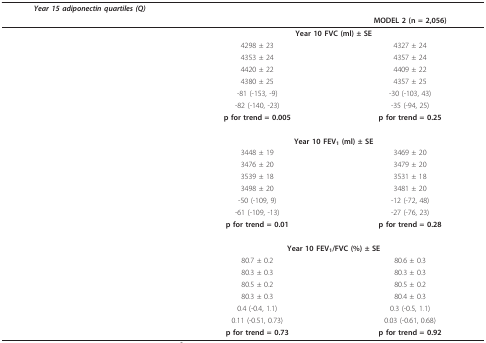
<table><thead><tr><td><b><i>Year 15 adiponectin quartiles (Q)</i></b></td><td colspan="2">[EMPTY_CELL]</td></tr><tr><td>[EMPTY_CELL]</td><td>[EMPTY_CELL]</td><td><b>MODEL 2 (n = 2,056)</b></td></tr></thead><tbody><tr><td>[EMPTY_CELL]</td><td colspan="2"><b>Year 10 FVC (ml) ± SE</b></td></tr><tr><td>[EMPTY_CELL]</td><td>4298 ± 23</td><td>4327 ± 24</td></tr><tr><td>[EMPTY_CELL]</td><td>4353 ± 24</td><td>4357 ± 24</td></tr><tr><td>[EMPTY_CELL]</td><td>4420 ± 22</td><td>4409 ± 22</td></tr><tr><td>[EMPTY_CELL]</td><td>4380 ± 25</td><td>4357 ± 25</td></tr><tr><td>[EMPTY_CELL]</td><td>-81 (-153, -9)</td><td>-30 (-103, 43)</td></tr><tr><td>[EMPTY_CELL]</td><td>-82 (-140, -23)</td><td>-35 (-94, 25)</td></tr><tr><td>[EMPTY_CELL]</td><td><b>p for trend = 0.005</b></td><td><b>p for trend = 0.25</b></td></tr><tr><td>[EMPTY_CELL]</td><td colspan="2"><b>Year 10 FEV<sub>1 </sub>(ml) ± SE</b></td></tr><tr><td>[EMPTY_CELL]</td><td>3448 ± 19</td><td>3469 ± 20</td></tr><tr><td>[EMPTY_CELL]</td><td>3476 ± 20</td><td>3479 ± 20</td></tr><tr><td>[EMPTY_CELL]</td><td>3539 ± 18</td><td>3531 ± 18</td></tr><tr><td>[EMPTY_CELL]</td><td>3498 ± 20</td><td>3481 ± 20</td></tr><tr><td>[EMPTY_CELL]</td><td>-50 (-109, 9)</td><td>-12 (-72, 48)</td></tr><tr><td>[EMPTY_CELL]</td><td>-61 (-109, -13)</td><td>-27 (-76, 23)</td></tr><tr><td>[EMPTY_CELL]</td><td><b>p for trend = 0.01</b></td><td><b>p for trend = 0.28</b></td></tr><tr><td>[EMPTY_CELL]</td><td colspan="2"><b>Year 10 FEV<sub>1</sub>/FVC (%) ± SE</b></td></tr><tr><td>[EMPTY_CELL]</td><td>80.7 ± 0.2</td><td>80.6 ± 0.3</td></tr><tr><td>[EMPTY_CELL]</td><td>80.3 ± 0.3</td><td>80.3 ± 0.3</td></tr><tr><td>[EMPTY_CELL]</td><td>80.5 ± 0.2</td><td>80.5 ± 0.2</td></tr><tr><td>[EMPTY_CELL]</td><td>80.3 ± 0.3</td><td>80.4 ± 0.3</td></tr><tr><td>[EMPTY_CELL]</td><td>0.4 (-0.4, 1.1)</td><td>0.3 (-0.5, 1.1)</td></tr><tr><td>[EMPTY_CELL]</td><td>0.11 (-0.51, 0.73)</td><td>0.03 (-0.61, 0.68)</td></tr><tr><td>[EMPTY_CELL]</td><td><b>p for trend = 0.73</b></td><td><b>p for trend = 0.92</b></td></tr></tbody></table>